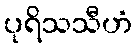
ပုရိသသီဟံ